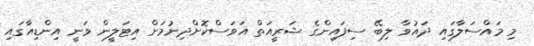
މި މައްސަލާގައި ދައުވާ ލިބޭ ސިފައިންގެ ޝަރީއަތް އަވަސްކޮށްދިނުމަށް އިޓަލީން ވަނީ އިންޑިއާގައި